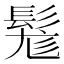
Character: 𩭒